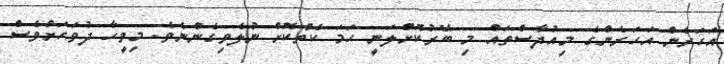
އަހަރެން އަހަރެންގެ މިއުދާސްތައް މި ބޭރުކޮށްލަނީ ހަމަ ކެތްކޮށް ނުލެވިގެންނެވެ. މިވީހާ ދުވަހަށްވެސް